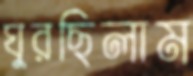
ঘুরছিলাম